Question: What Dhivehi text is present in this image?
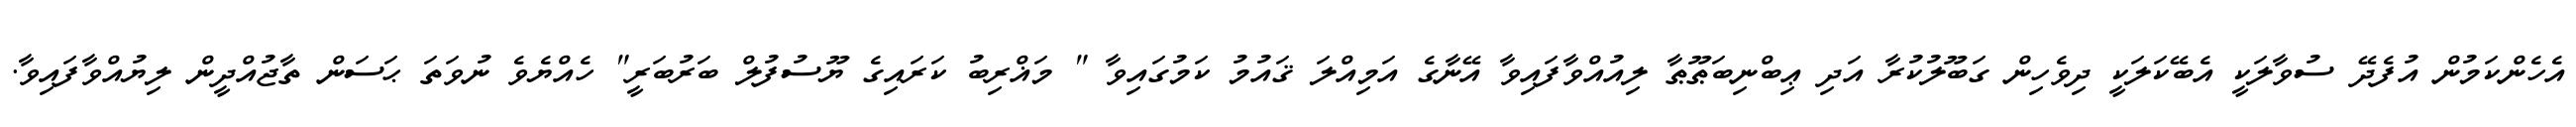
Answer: އެހެންކަމުން އުފެދޭ ސުވާލަކީ އެބޭކަލަކީ ދިވެހިން ގަބޫލުކުރާ އަދި ޢިބްނިބަޠޫޠާ ލިއުއްވާފައިވާ އޭނާގެ އަމިއްލަ ޤައުމު ކަމުގައިވާ " މަޣްރިބު ކަރައިގެ ޔޫސުފުލް ބަރުބަރީ" ހެއްޔެވެ ނުވަތަ ޙަސަން ތާޖުއްދީން ލިޔުއްވާފައިވާ.